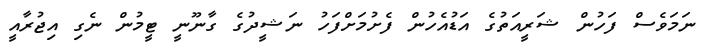
ނަމަވެސް ފަހުން ޝަރީއަތުގެ އަޑުއެހުން ފެށުމަށްފަހު ނަޝީދުގެ ގާނޫނީ ޓީމުން ނެގި އިޖުރާއީ